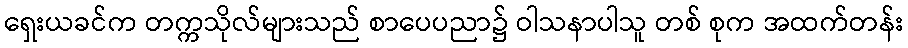
ရှေးယခင်က တက္ကသိုလ်များသည် စာပေပညာ၌ ဝါသနာပါသူ တစ် စုက အထက်တန်း